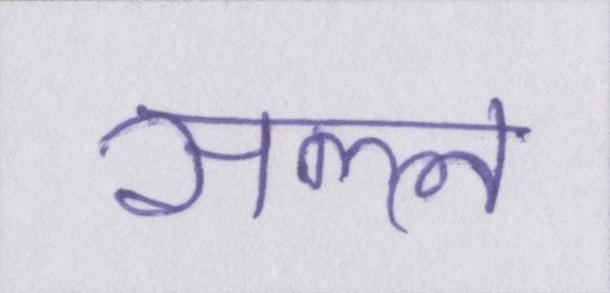
सल्ल